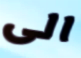
الى